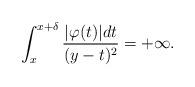
LaTeX: \begin{align*}\int_{x}^{x+\delta}\frac{\vert \varphi(t)\vert dt}{(y-t)^2}=+\infty.\end{align*}